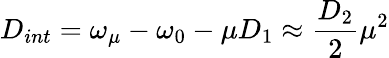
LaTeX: D_{int}=\omega_{\mu}-\omega_{0}-\mu D_{1}\approx\frac{D_{2}}{2}\mu^{2}